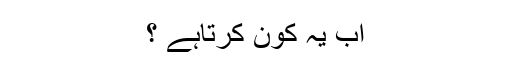
اب یہ کون کرتاہے ؟